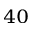
^ { 4 0 }